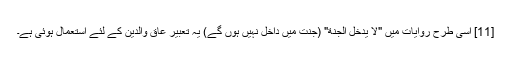
[11] اسی طرح روایات میں "لا یدخل الجنة" (جنت میں داخل نہیں ہوں گے) یہ تعبیر عاق والدین کے لئے استعمال ہوئی ہے۔